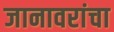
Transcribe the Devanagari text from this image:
जानावरांचा